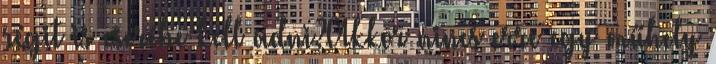
régit is cserébe kell adni?Akkor nincs erre egy műhely